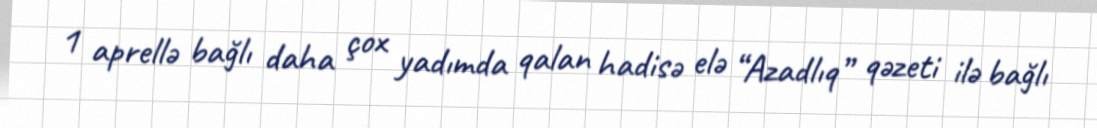
1 aprellə bağlı daha çox yadımda qalan hadisə elə “Azadlıq” qəzeti ilə bağlı